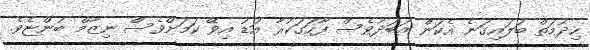
ހިދުމަތް ބަލައިގަނެ އެކަން އަބަދުވެސް ފާހަގަކުރާ އަޑު އިވޭ ކަމަށްވެސް ނިޒާމް ބުންޏެވެ.